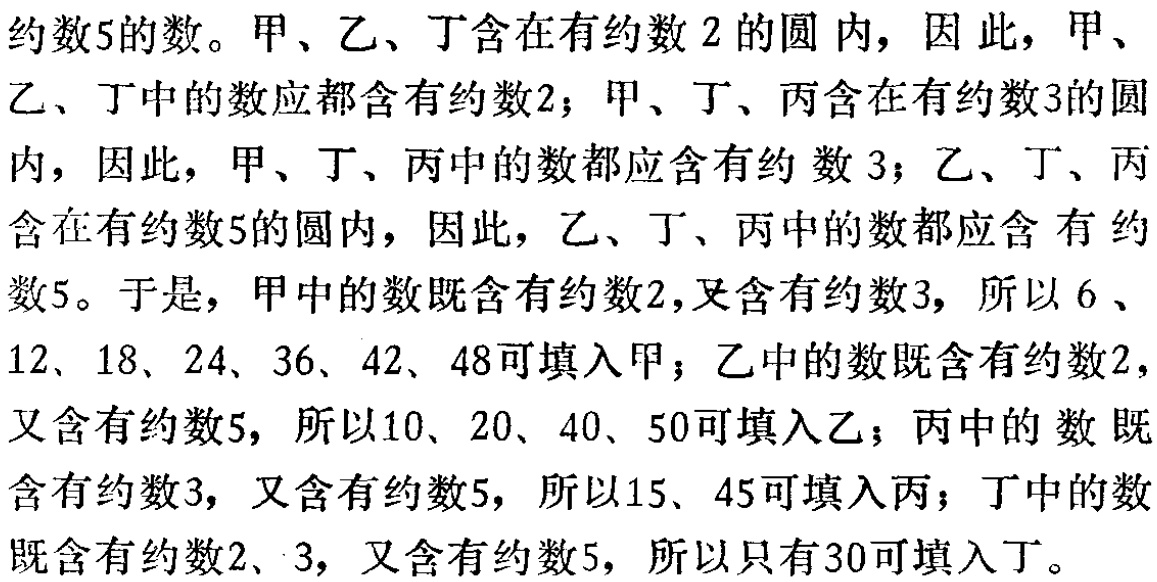
约数5的数。甲、乙、丁含在有约数2的圆内，因此，甲、乙、丁中的数应都含有约数2；甲、丁、丙含在有约数3的圆内，因此，甲、丁、丙中的数都应含有约数3；乙、丁、丙含在有约数5的圆内，因此，乙、丁、丙中的数都应含有约数5。于是，甲中的数既含有约数2，又含有约数3，所以6、12、18、24、36、42、48可填入甲；乙中的数既含有约数2，又含有约数5，所以10、20、40、50可填入乙；丙中的数既含有约数3，又含有约数5，所以15、45可填入丙；丁中的数既含有约数2、3，又含有约数5，所以只有30可填入丁。